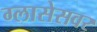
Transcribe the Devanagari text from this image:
ग्लासेसवर